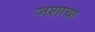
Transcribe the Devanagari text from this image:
जशाचा